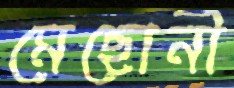
মেছোনী